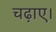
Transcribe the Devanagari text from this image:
चढ़ाए।